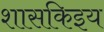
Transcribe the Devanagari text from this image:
शासकिइय